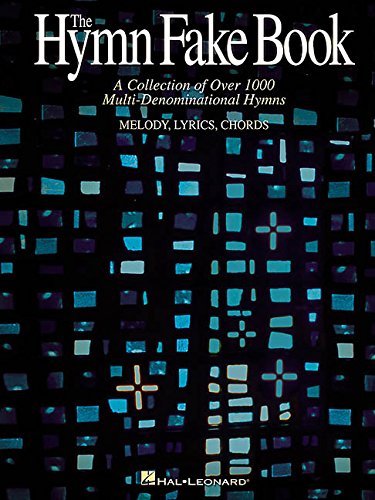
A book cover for The Hymn Fake Book: A Collection of Over 1000 Multi-Denominational Hymns, Melody, Lyrics, Chords; Christian Books & Bibles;